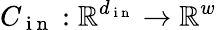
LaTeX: C_{\mathrm{~i~n~}}:\mathbb{R}^{d_{\mathrm{~i~n~}}}\rightarrow\mathbb{R}^{w}